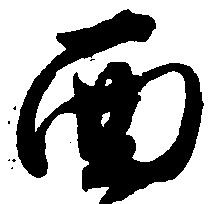
面